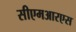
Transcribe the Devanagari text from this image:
सीएमआरएस